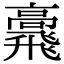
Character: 𩙷